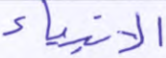
الأنبياء